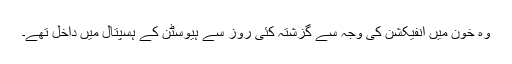
وہ خون میں انفیکشن کی وجہ سے گزشتہ کئی روز سے ہیوسٹن کے ہسپتال میں داخل تھے۔